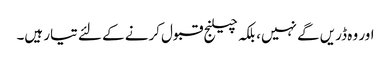
اور وہ ڈریں گے نہیں، بلکہ چیلنج قبول کرنے کے لئے تیار ہیں۔